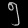
Digit: ၅